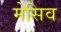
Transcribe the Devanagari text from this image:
मेसिव